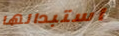
استبدالها